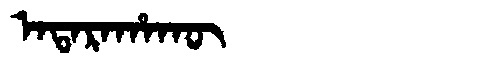
Manchu: ᠠᡨᠠᡵᠠᡥᠠᡴᡡ
Romanization: ATARAHAKŪ